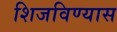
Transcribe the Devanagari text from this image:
शिजविण्यास